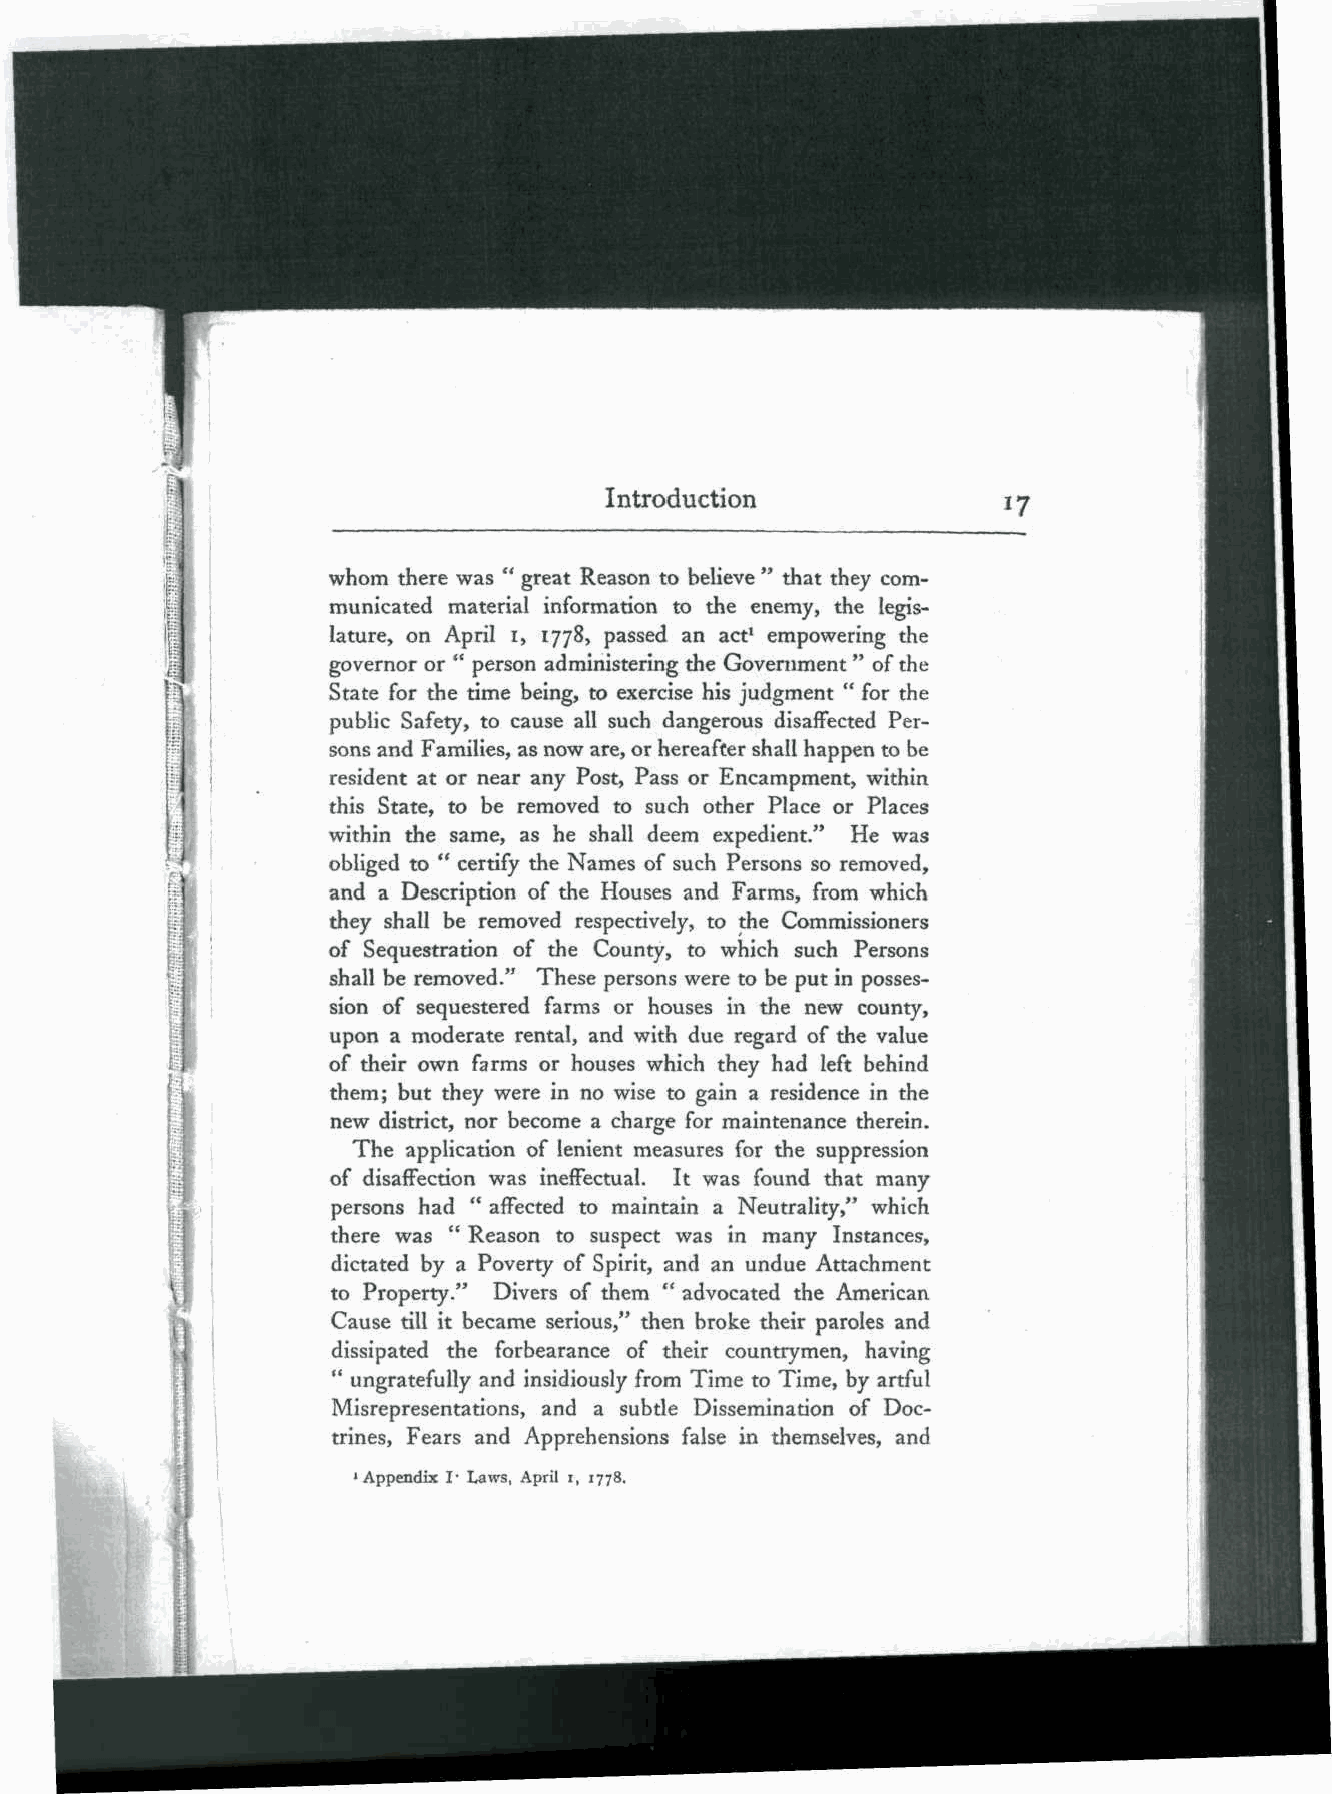
Introduction
 whom there was " great Reason to believe " that they com-
 municated material information to the enemy, the legis-
 lature, on April i, 1778, passed an act1 empowering the
 governor or " person administering the Government " of the
 State for the time being, to exercise his judgment " for the
 public Safety, to cause all such dangerous disaffected Per-
 sons and Families, as now are, or hereafter shall happen to be
 resident at or near any Post, Pass or Encampment, within
 this State, to be removed to such other Place or Places
 within the same, as he shall deem expedient." He was
 obliged to " certify the Names of such Persons so removed,
 and a Description of the Houses and Farms, from which
 they shall be removed respectively, to the Commissioners
 of Sequestration of the County, to which such Persons
 shall be removed." These persons were to be put in posses-
 sion of sequestered farms or houses in the new county,
 upon a moderate rental, and with due regard of the value
 of their own farms or houses which they had left behind
 them; but they were in no wise to gain a residence in the
 new district, nor become a charge for maintenance therein.
 The application of lenient measures for the suppression
 of disaffection was ineffectual. It was found that many
 persons had " affected to maintain a Neutrality," which
 there was " Reason to suspect was in many Instances,
 dictated by a Poverty of Spirit, and an undue Attachment
 to Property." Divers of them " advocated the American
 Cause till it became serious," then broke their paroles and
 dissipated the forbearance of their countrymen, having
 " ungratefully and insidiously from Time to Time, by artful
 Misrepresentations, and a subtle Dissemination of Doc-
 trines, Fears and Apprehensions false in themselves, and
 'Appendix !• Laws, April i, 1778.